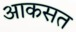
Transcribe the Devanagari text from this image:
आकसत